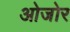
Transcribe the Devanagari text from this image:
ओजोर